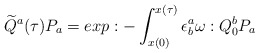
\begin{align*}\widetilde Q^a(\tau)P_a=exp:-\int_{x(0)}^{x(\tau)}\epsilon_b^a\omega:Q_0^bP_a\end{align*}